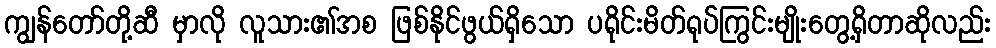
ကျွန်တော်တို့ဆီ မှာလို လူသား၏အစ ဖြစ်နိုင်ဖွယ်ရှိသော ပရိုင်းမိတ်ရုပ်ကြွင်းမျိုးတွေ့ရှိတာဆိုလည်း